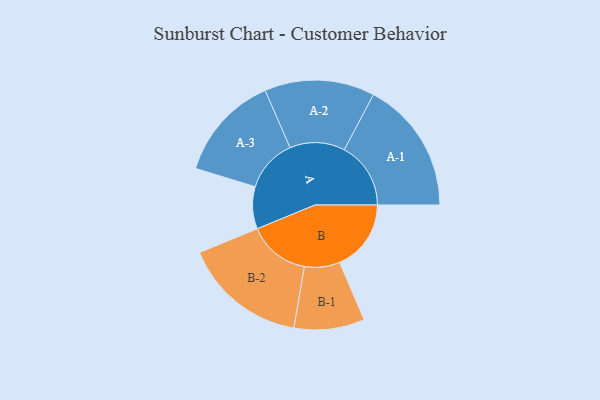
{"axis": {"x": "Segment", "y": "Value"}, "legend": ["", "A", "B"], "data": [{"x": "A", "y": 177, "type": ""}, {"x": "B", "y": 300, "type": ""}, {"x": "A-1", "y": 279, "type": "A"}, {"x": "A-2", "y": 231, "type": "A"}, {"x": "A-3", "y": 222, "type": "A"}, {"x": "B-1", "y": 148, "type": "B"}, {"x": "B-2", "y": 260, "type": "B"}]}